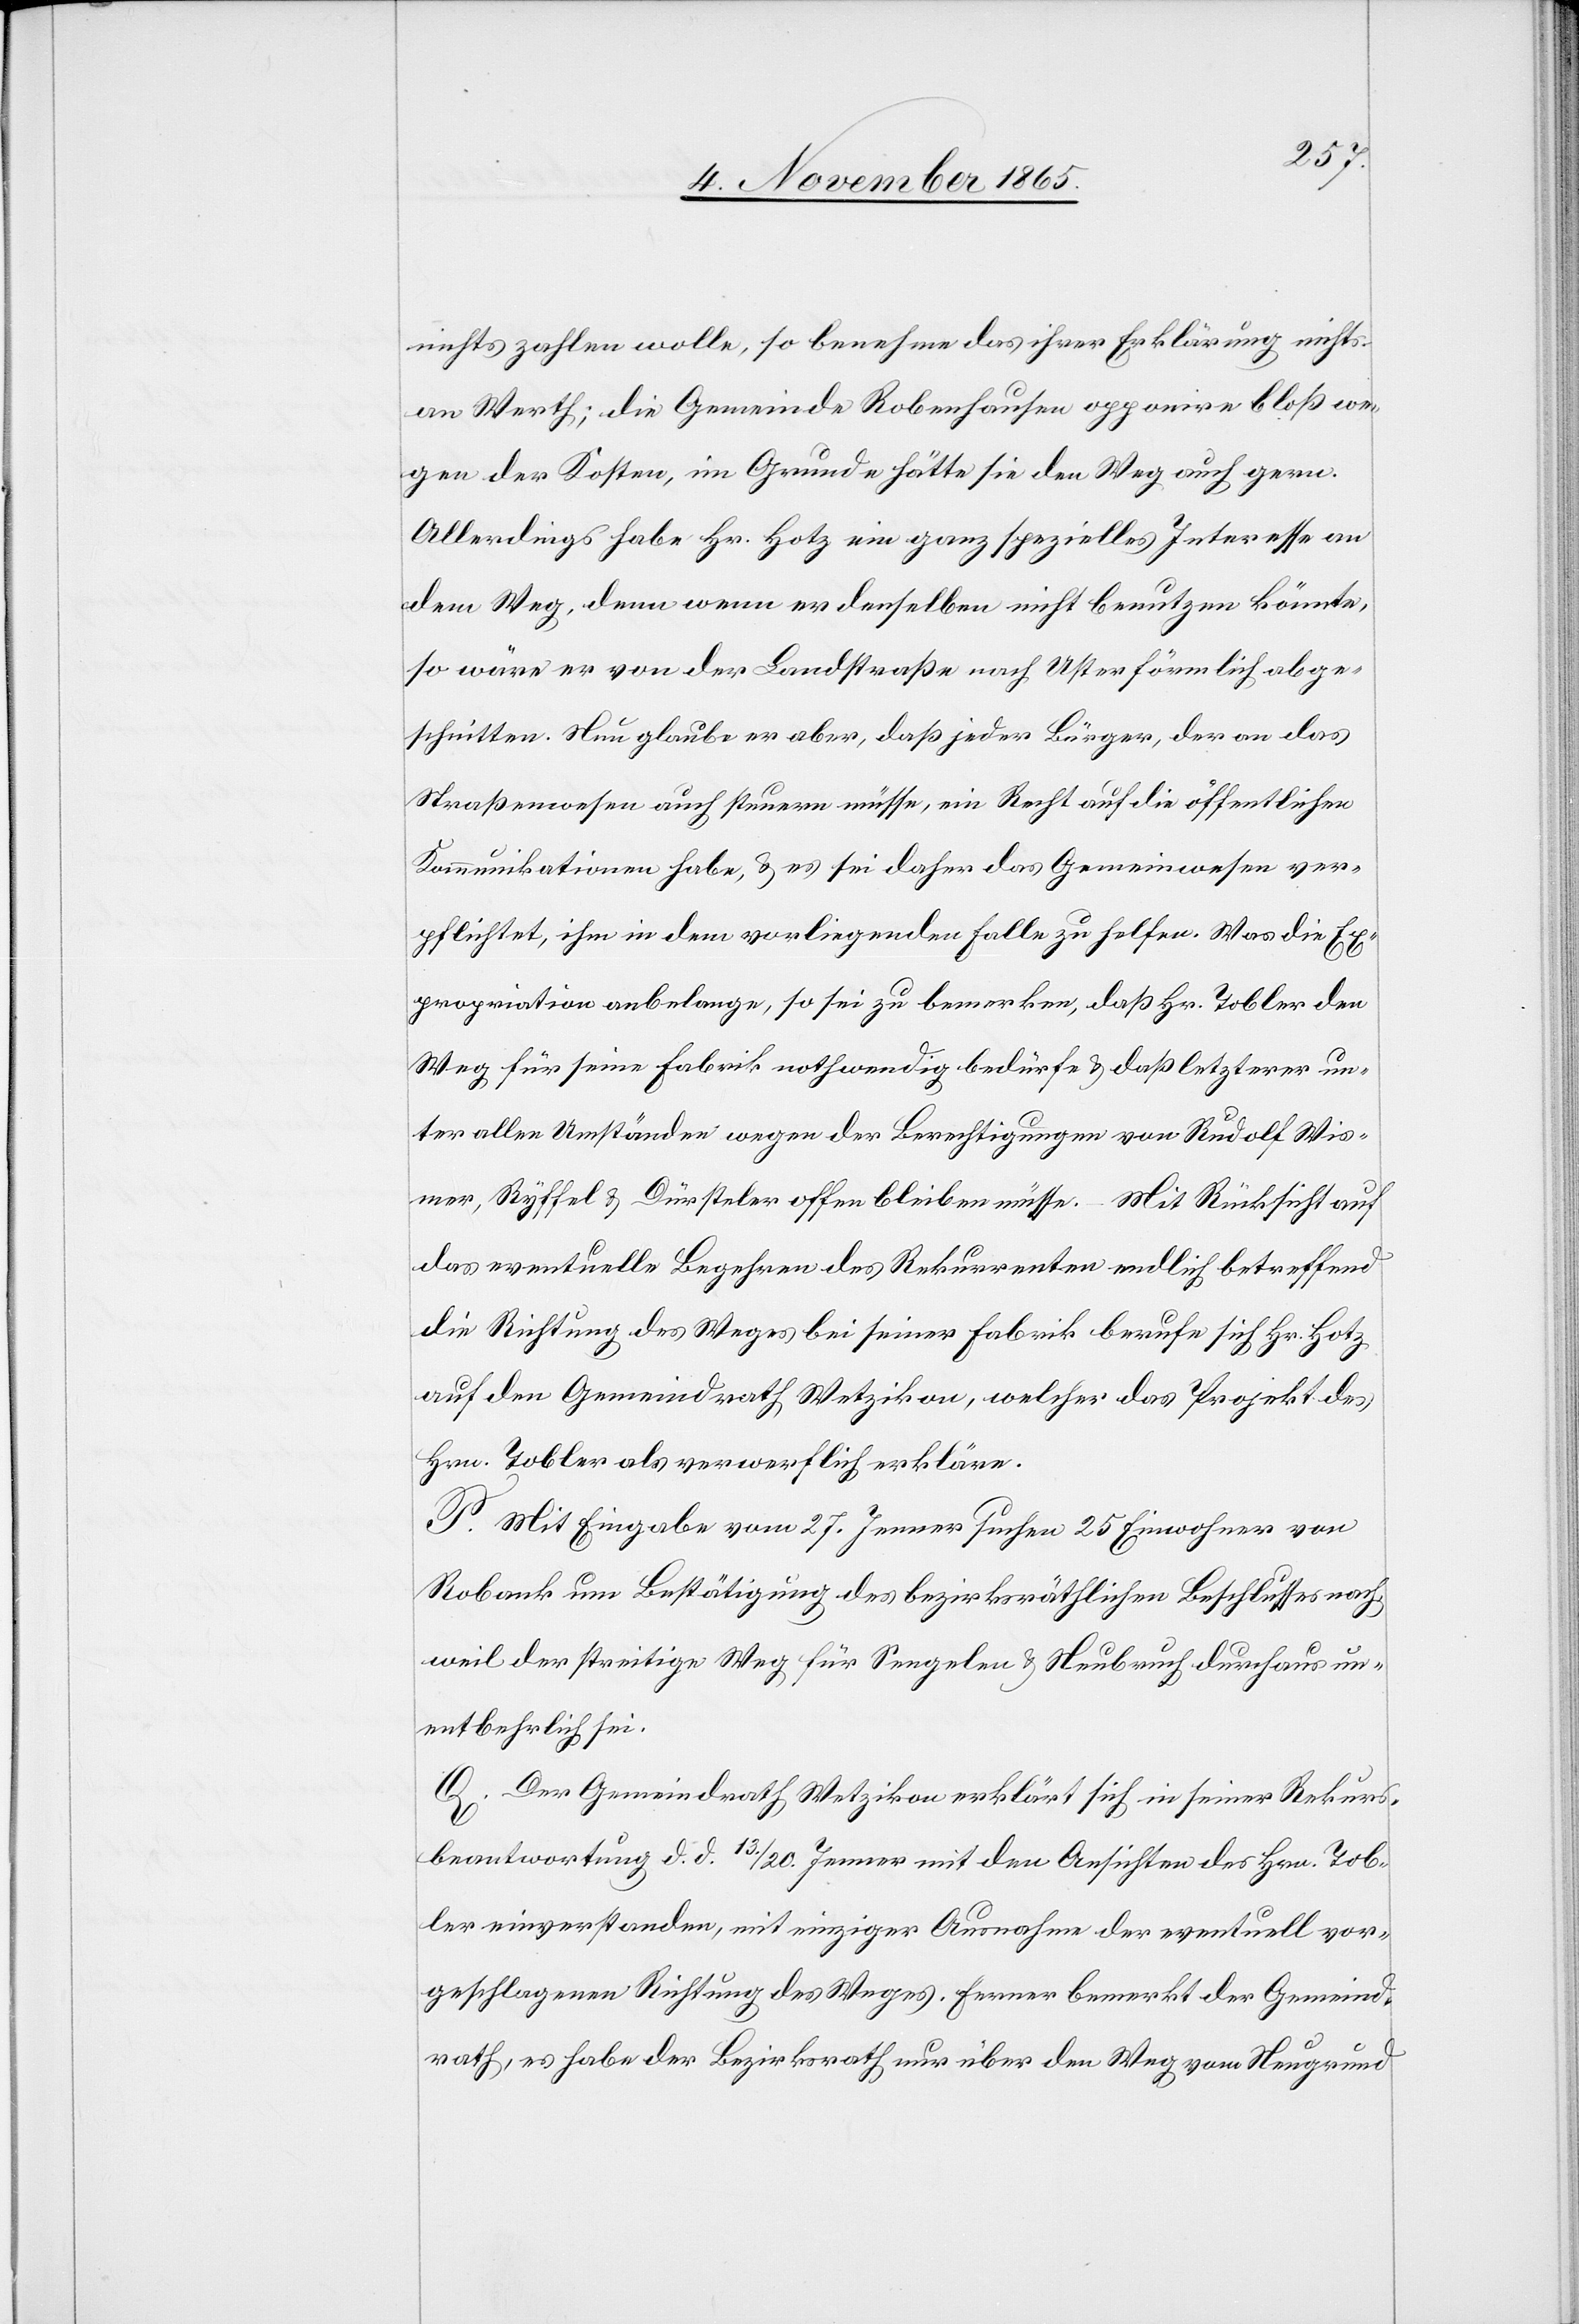
nichts zahlen wolle, so benehme das ihrer Erklärung nichts
an Werth; die Gemeinde Robenhausen opponire bloß we¬
gen der Kosten, im Grunde hätte sie den Weg auch gern.
Allerdings habe Hr. Hotz ein ganz spezielles Interesse an
dem Weg, denn wenn er denselben nicht benutzen könnte,
so wäre er von der Landstraße nach Uster förmlich abge¬
schnitten. Nun glaube er aber, daß jeder Bürger, der an das
Straßenwesen auch steuern müsse, ein Recht auf die öffentlichen
Kommunikationen habe, & es sei daher das Gemeinwesen ver¬
pflichtet, ihm in dem vorliegenden Falle zu helfen. Was die Ex¬
propriation anbelange, so sei zu bemerken, daß Hr. Tobler den
Weg für seine Fabrik nothwendig bedürfe & daß letzterer un¬
ter allen Umständen wegen der Berechtigungen von Rudolf Wis¬
mer, Ryffel & Dürsteler offen bleiben müsse. – Mit Rücksicht auf
das eventuelle Begehren des Rekurrenten endlich betreffend
die Richtung des Weges bei seiner Fabrik berufe sich Hr. Hotz
auf den Gemeindrath Wetzikon, welcher das Projekt des
Hrn. Tobler als verwerflich erkläre.
P. Mit Eingabe vom 27. Jenner suchen 25 Einwohner von
Robank um Bestätigung des bezirksräthlichen Beschlusses nach,
weil der streitige Weg für Sengelen & Neubruch durchaus un¬
entbehrlich sei.
Der Gemeindrath Wetzikon erklärt sich in seiner Rekurs¬
beantwortung d. d. 13./20. Januar mit den Ansichten des Hrn. Tob¬
ler einverstanden, mit einziger Ausnahme der eventuell vor¬
geschlagenen Richtung des Weges. Ferner bemerkt der Gemeind¬
rath, es habe der Bezirksrath nur über den Weg vom Neugrund